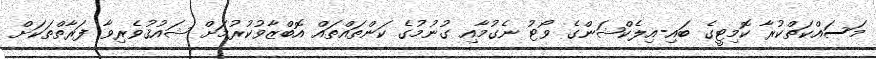
މަސައްކަތްކުރާ ކޮމިޓީގެ ބައި-އިލެކްޝަންގެ ވޯޓު ނެގުމާއި ގުނުމުގެ ކަންތައްތައް އޮބްޒާވުކުރުމަށް ޝައުޤުވެރިވާ ފަރާތްތަކަށް